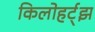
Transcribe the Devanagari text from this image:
किलोहर्ट्‌झ